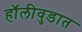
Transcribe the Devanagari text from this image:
हॉलीवुडात